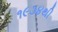
૧૯૩૪થી